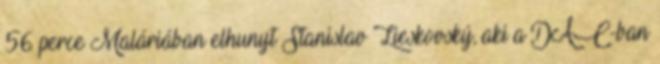
56 perce Maláriában elhunyt Stanislav Lieskovský, aki a DAC-ban